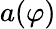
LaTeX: a(\varphi)